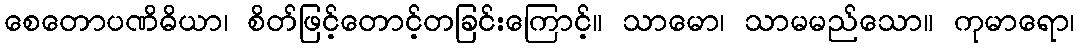
စေတောပဏိဓိယာ၊ စိတ်ဖြင့်တောင့်တခြင်းကြောင့်။ သာမော၊ သာမမည်သော။ ကုမာရော၊